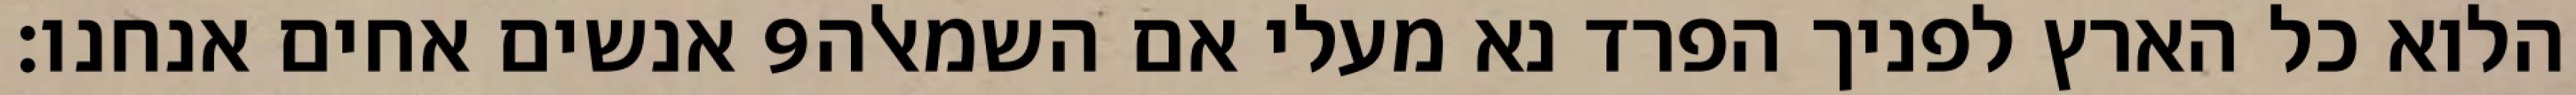
אנשים אחים אנחנו׃ ‎9‏ הלוא כל הארץ לפניך הפרד נא מעלי אם השמאלה